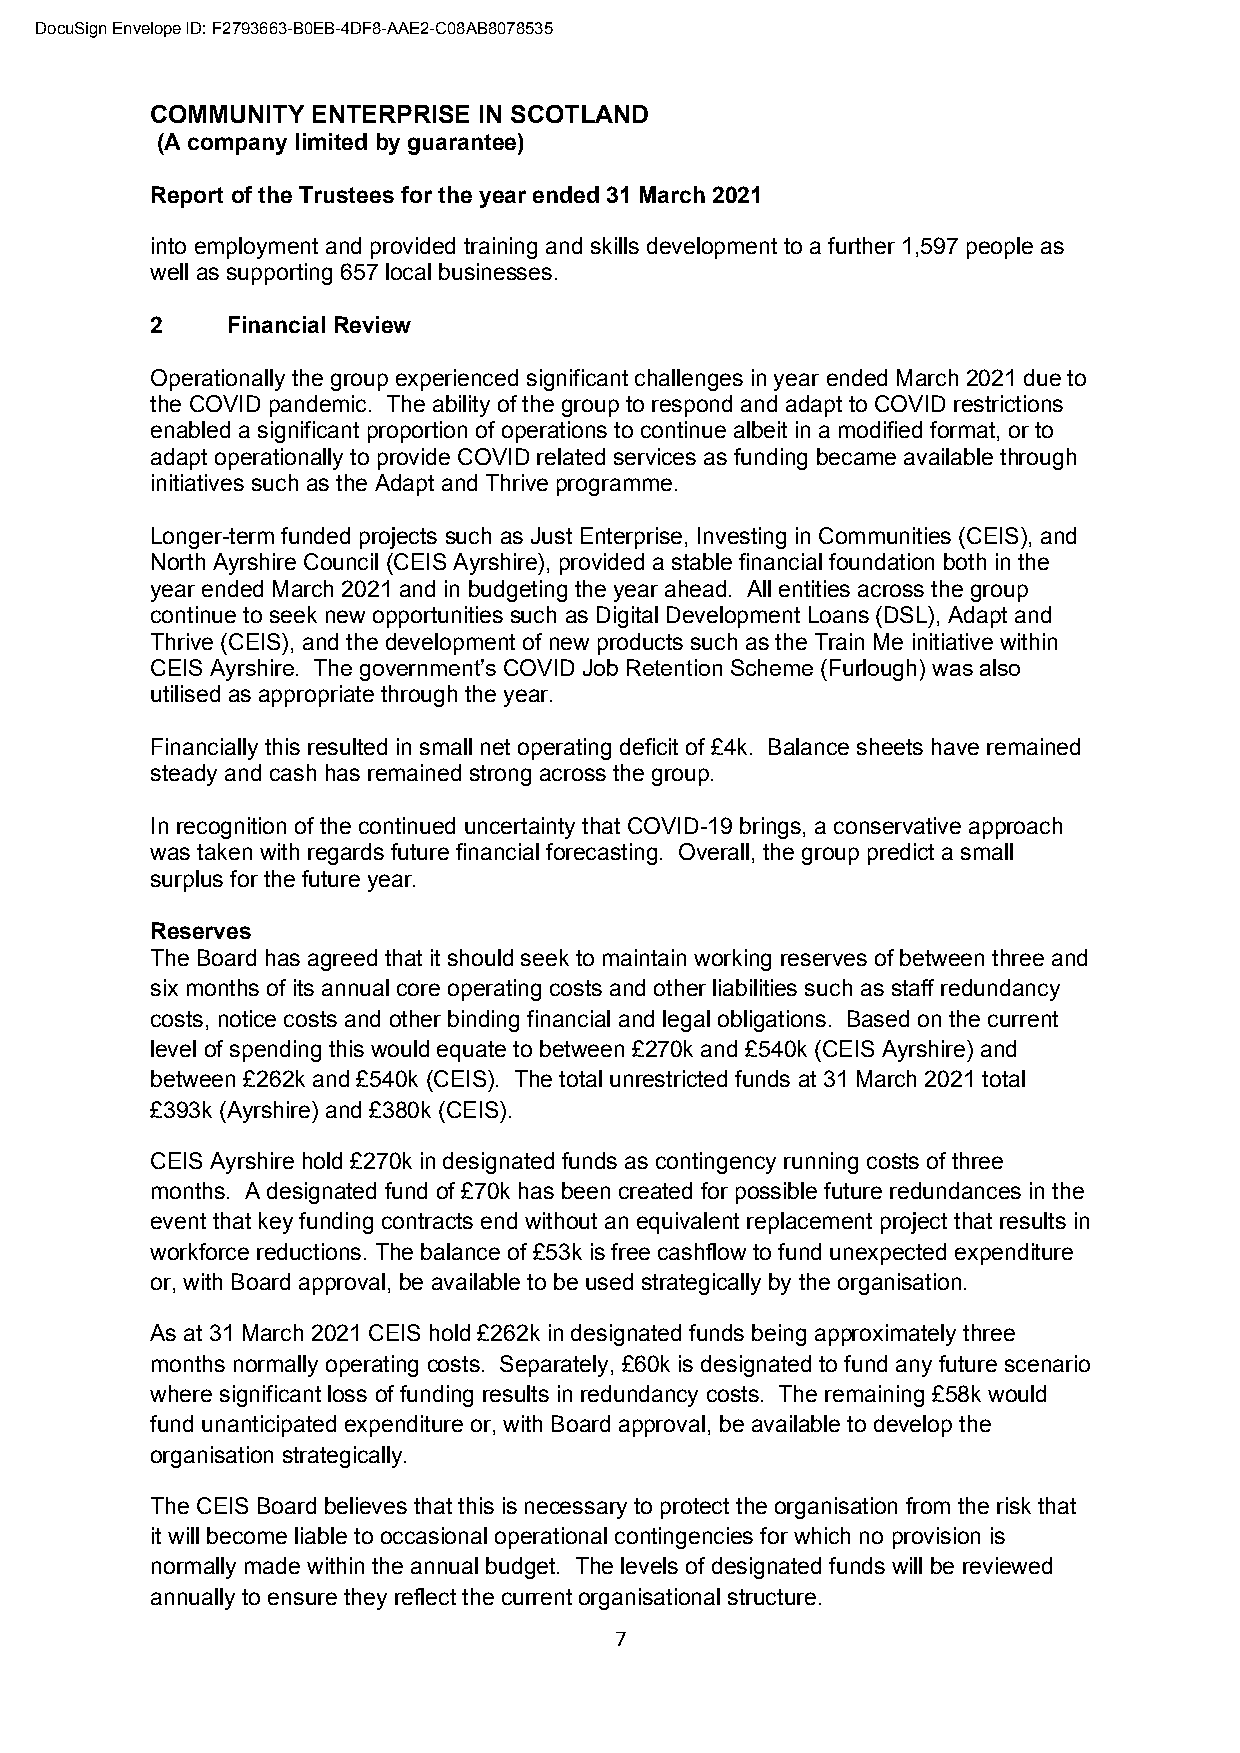
DocuSign Envelope ID: F2793663-B0EB-4DF8-AAE2-C08AB8078535
 COMMUNITY  ENTERPRISE IN SCOTLAND
 (A company limited by guarantee)
 Report of the Trustees for the year ended 31 March 2021
 into employment and provided training and skills development to a further 1,597 people as
 well as supporting 657 local businesses.
 2    Financial Review
 Operationally the group experienced significant challenges in year ended March 2021 due to
 the COVID pandemic. The ability of the group to respond and adapt to COVID restrictions
 enabled a significant proportion of operations to continue albeit in a modified format, or to
 adapt operationally to provide COVID related services as funding became available through
 initiatives such as the Adapt and Thrive programme.
 Longer-term funded projects such as Just Enterprise, Investing in Communities (CEIS), and
 North Ayrshire Council (CEIS Ayrshire), provided a stable financial foundation both in the
 year ended March 2021 and in budgeting the year ahead. All entities across the group
 continue to seek new opportunities such as Digital Development Loans (DSL), Adapt and
 Thrive (CEIS), and the development of new products such as the Train Me initiative within
 CEIS Ayrshire. The government’s COVID Job Retention Scheme (Furlough) was also
 utilised as appropriate through the year.
 Financially this resulted in small net operating deficit of £4k. Balance sheets have remained
 steady and cash has remained strong across the group.
 In recognition of the continued uncertainty that COVID-19 brings, a conservative approach
 was taken with regards future financial forecasting. Overall, the group predict a small
 surplus for the future year.
 Reserves
 The Board has agreed that it should seek to maintain working reserves of between three and
 six months of its annual core operating costs and other liabilities such as staff redundancy
 costs, notice costs and other binding financial and legal obligations. Based on the current
 level of spending this would equate to between £270k and £540k (CEIS Ayrshire) and
 between £262k and £540k (CEIS). The total unrestricted funds at 31 March 2021 total
 £393k (Ayrshire) and £380k (CEIS).
 CEIS Ayrshire hold £270k in designated funds as contingency running costs of three
 months. A designated fund of £70k has been created for possible future redundances in the
 event that key funding contracts end without an equivalent replacement project that results in
 workforce reductions. The balance of £53k is free cashflow to fund unexpected expenditure
 or, with Board approval, be available to be used strategically by the organisation.
 As at 31 March 2021 CEIS hold £262k in designated funds being approximately three
 months normally operating costs. Separately, £60k is designated to fund any future scenario
 where significant loss of funding results in redundancy costs. The remaining £58k would
 fund unanticipated expenditure or, with Board approval, be available to develop the
 organisation strategically.
 The CEIS Board believes that this is necessary to protect the organisation from the risk that
 it will become liable to occasional operational contingencies for which no provision is
 normally made within the annual budget. The levels of designated funds will be reviewed
 annually to ensure they reflect the current organisational structure.
 7